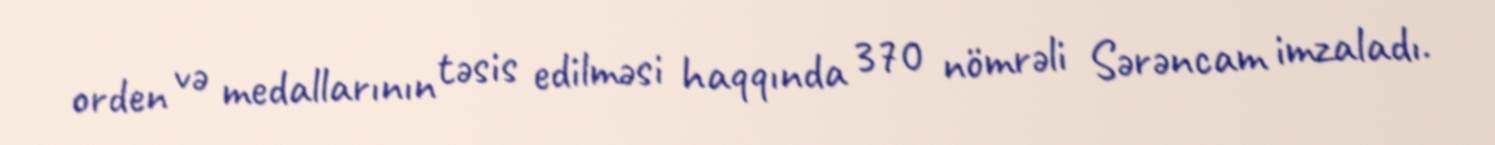
orden və medallarının təsis edilməsi haqqında 370 nömrəli Sərəncam imzaladı.